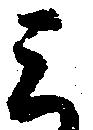
ミ